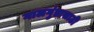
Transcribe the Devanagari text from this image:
गालगुंडासाठी